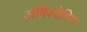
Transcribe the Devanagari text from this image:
अबिश्येविच